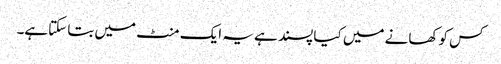
کس کو کھانے میں کیا پسند ہے یہ ایک منٹ میں بتا سکتاہے۔